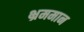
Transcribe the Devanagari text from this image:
भ्रममान